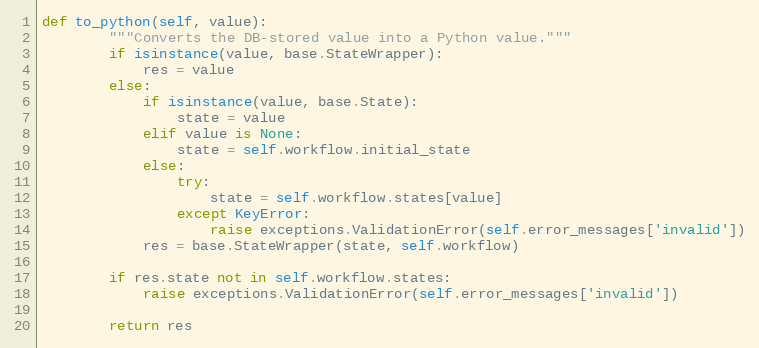
Language: Python
def to_python(self, value):
        """Converts the DB-stored value into a Python value."""
        if isinstance(value, base.StateWrapper):
            res = value
        else:
            if isinstance(value, base.State):
                state = value
            elif value is None:
                state = self.workflow.initial_state
            else:
                try:
                    state = self.workflow.states[value]
                except KeyError:
                    raise exceptions.ValidationError(self.error_messages['invalid'])
            res = base.StateWrapper(state, self.workflow)

        if res.state not in self.workflow.states:
            raise exceptions.ValidationError(self.error_messages['invalid'])

        return res